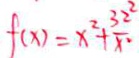
f ( x ) = x ^ { 2 } + \frac { 3 2 ^ { 2 } } { x ^ { 2 } }